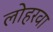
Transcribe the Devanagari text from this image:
लोहरवा